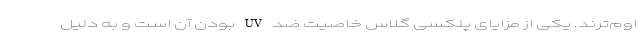
اوم‌ترند. یکی از مزایای پلکسی گلاس خاصیت ضد UV بودن آن است و به دلیل